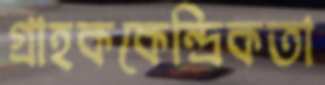
গ্রাহককেন্দ্রিকতা